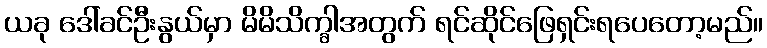
ယခု ဒေါ်ခင်ဦးနွယ်မှာ မိမိသိက္ခါအတွက် ရင်ဆိုင်ဖြေရှင်းရပေတော့မည်။